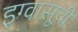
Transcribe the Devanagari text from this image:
इग्वासूची